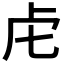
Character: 虍